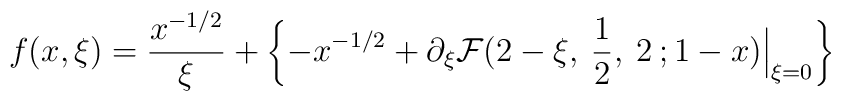
f(x,\xi) =\frac{x^{-1/2}}{\xi} + \left\{ -x^{-1/2} + \partial_\xi{\cal F}(2-\xi,\:\frac{1}{2},\:2\:;1-x) \Big|_{\xi=0}\right\}